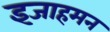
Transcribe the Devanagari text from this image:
इजाहमन